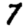
Digit: 7